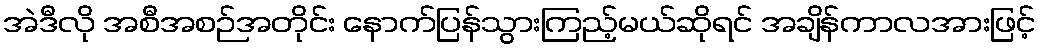
အဲဒီလို အစီအစဉ်အတိုင်း နောက်ပြန်သွားကြည့်မယ်ဆိုရင် အချိန်ကာလအားဖြင့်